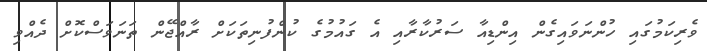
ވެރިކަމުގައި ހުންނަވައިގެން އިންޑިއާ ސަރުކާރާއި އެ ގައުމުގެ ކުންފުނިތަކަށް ރާއްޖޭން ތަނަވަސްކޮށް ދެއްވި